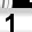
Digit: 1